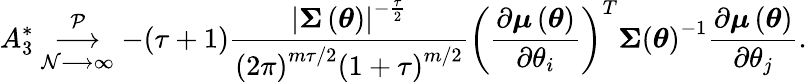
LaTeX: A_{3}^{\ast}\underset{\mathcal{N}\longrightarrow\infty}{\overset{\mathcal{{P}}}{\longrightarrow}}-(\tau+1)\frac{{\left\vert\boldsymbol{\Sigma}\left(\boldsymbol{\theta}\right)\right\vert^{-\frac{{\tau}}{{2}}}}}{{\left(2\pi\right)^{m\tau/2}\left(1+\tau\right)^{m/2}}}\left(\frac{{\partial\boldsymbol{\mu}\left(\boldsymbol{\theta}\right)}}{{\partial\theta_{i}}}\right)^{T}\boldsymbol{\Sigma}\left(\boldsymbol{\theta}\right)^{-1}\frac{{\partial\boldsymbol{\mu}\left(\boldsymbol{\theta}\right)}}{{\partial\theta_{j}}}.